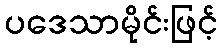
ပဒေသာမိုင်းဖြင့်